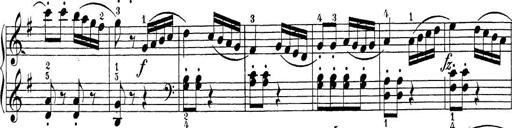
Title: Sonatina Album
Composer: Louis KÃ¶hler